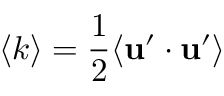
\langle k \rangle = \frac { 1 } { 2 } \langle { { \bf { u ^ { \prime } } \cdot \bf { u ^ { \prime } } } } \rangle